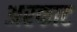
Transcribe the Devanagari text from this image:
अरकाट